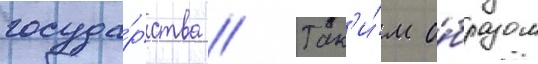
госуда́рства // Так'и́м о́бразом